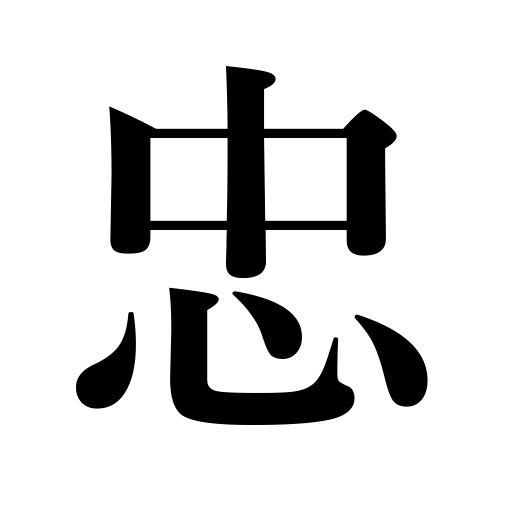
Meanings: devotion,faithfulness,fidelity,loyalty